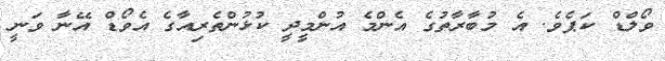
ވޯލްޑް ކަޕެވެ. އެ މުބާރާތުގެ އެންމެ އުންމީދީ ކުޅުންތެރިއާގެ އެވޯޑް އޭނާ ވަނީ